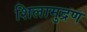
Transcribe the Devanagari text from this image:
शिलामुद्रण